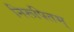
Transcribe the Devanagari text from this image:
निरूपितम्